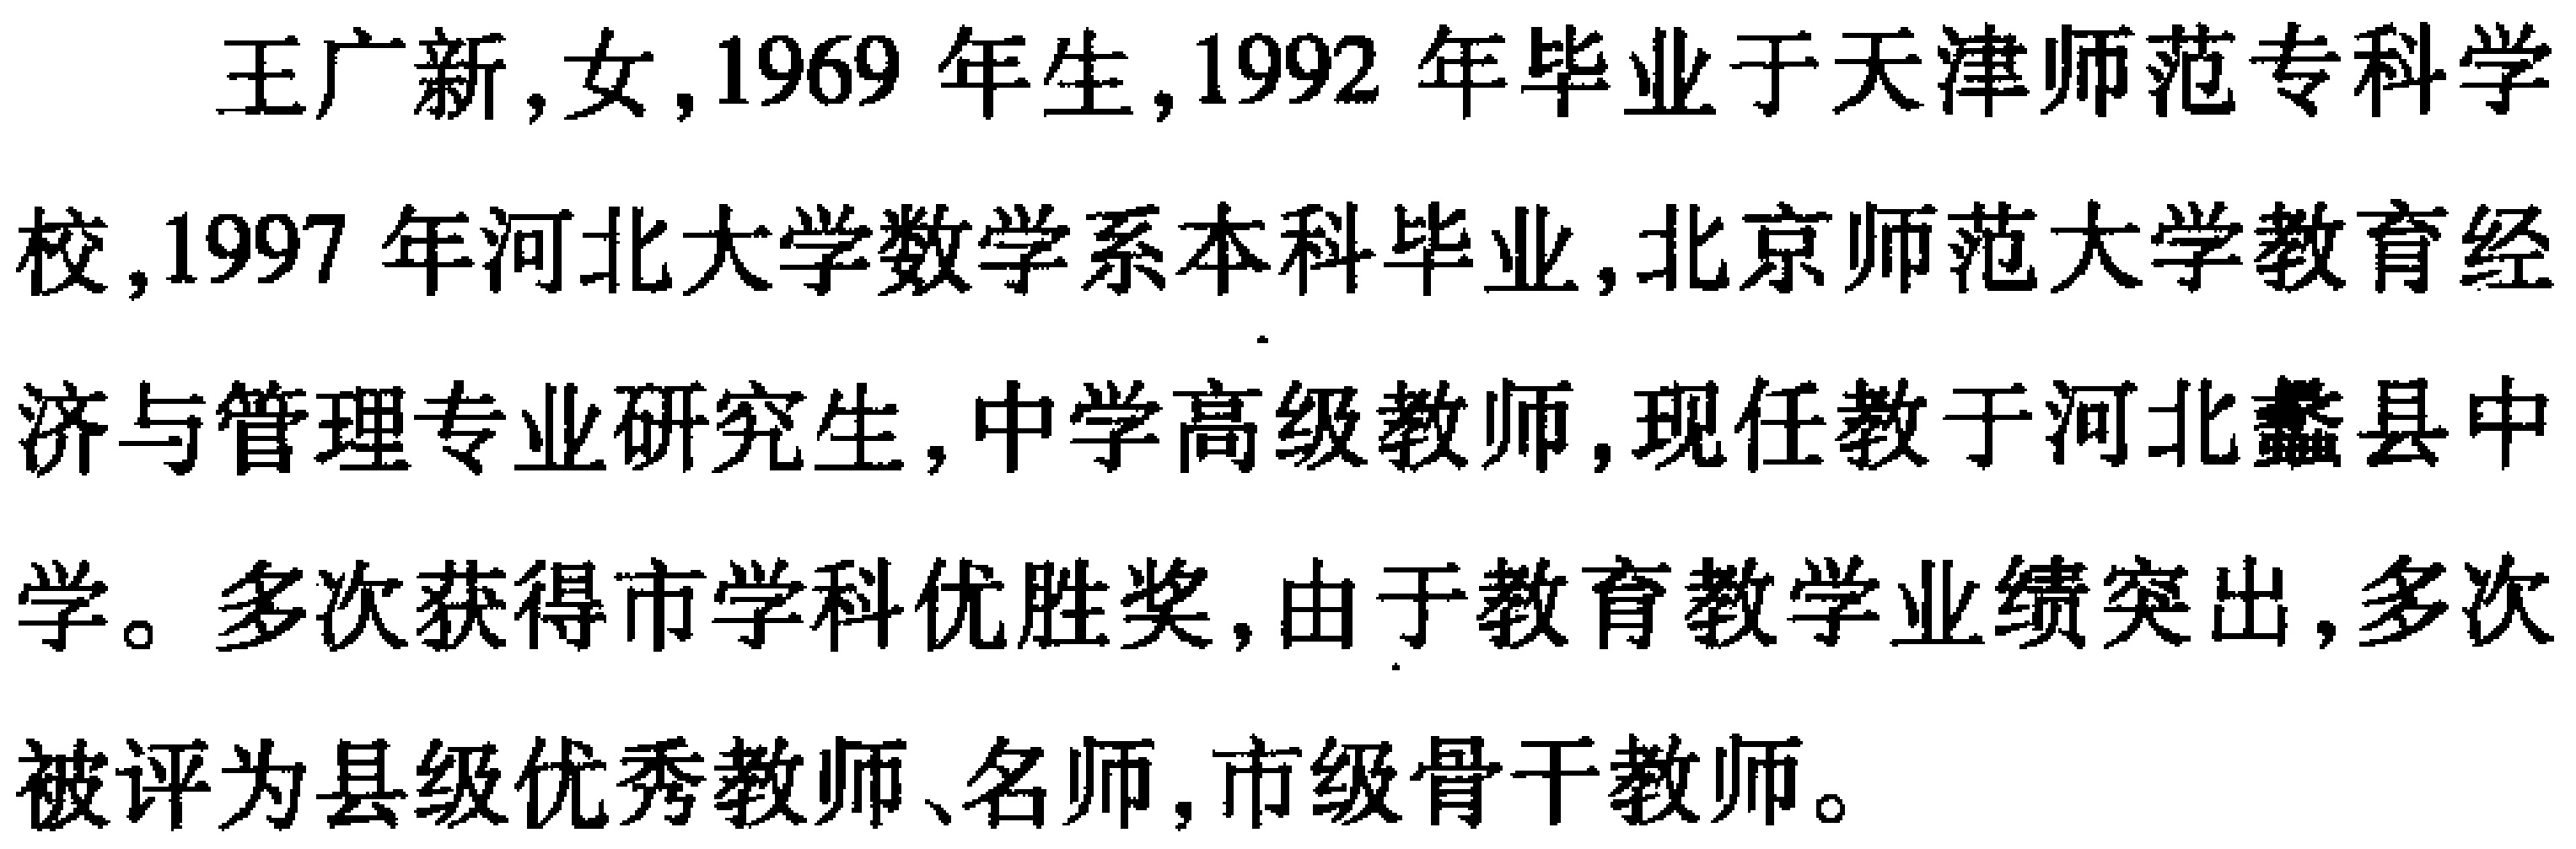
王广新,女,1969 年生,1992 年毕业于天津师范专科学校,1997 年河北大学数学系本科毕业,北京师范大学教育经济与管理专业研究生,中学高级教师,现任教于河北蠡县中学。多次获得市学科优胜奖,由于教育教学业绩突出,多次被评为县级优秀教师、名师,市级骨干教师。